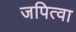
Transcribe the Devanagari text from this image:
जपित्वा